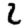
Digit: 2